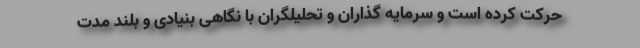
حرکت کرده است و سرمایه گذاران و تحلیلگران با نگاهی بنیادی و بلند مدت